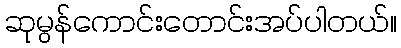
ဆုမွန်ကောင်းတောင်းအပ်ပါတယ်။